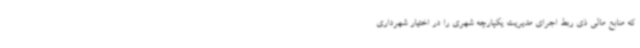
که منابع مالی ذی ربط اجرای مدیریت یکپارچه شهری را در اختیار شهرداری